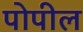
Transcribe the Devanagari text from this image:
पोपील